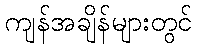
ကျန်အချိန်များတွင်